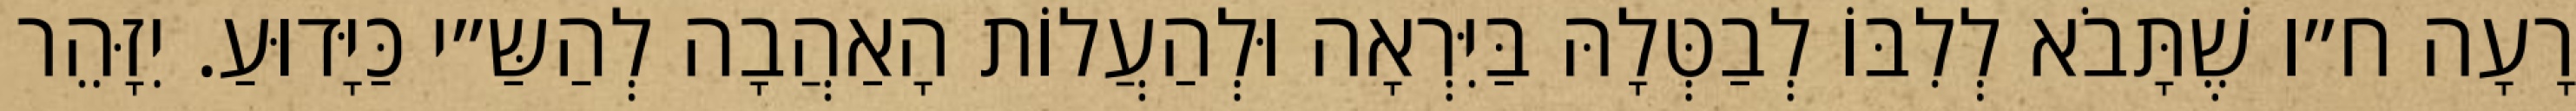
רָעָה ח״ו שֶׁתָּבֹא לְלִבּוֹ לְבַטְּלָהּ בַּיִּרְאָה וּלְהַעֲלוֹת הָאַהֲבָה לְהַשַּ״י כַּיָּדוּעַ. יִזָּהֵר